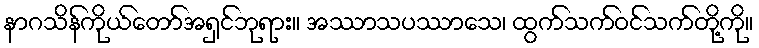
နာဂသိန်ကိုယ်တော်အရှင်ဘုရား။ အဿာသပဿာသေ၊ ထွက်သက်ဝင်သက်တို့ကို။